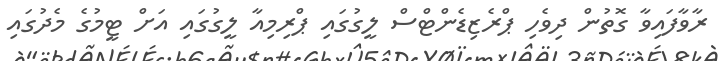
ރާވާފައިވާ ގޮތުން ދިވެހި ޕްރެޒިޑެންޓްސް ލީގުގައި ޕްރިމިއާ ލީގުގައި އަށް ޓީމުގެ މެދުގައި